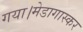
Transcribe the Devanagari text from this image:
गया।मेडागास्कर